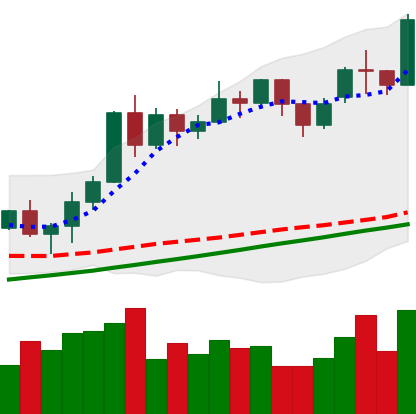
Ticker: ETH-USD
Chart end date: 2020-11-20
Forward return: 11.955%
Label: up_7plus